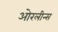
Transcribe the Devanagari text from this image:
ओरलीन्स